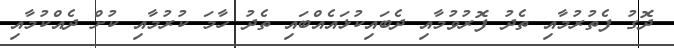
ދޮގު ފެތުރުމާއި ތެދު ފޮރުވުމާއި ދެބައިކުޅައެއްބައި ތެދު ހާމަ ކުރުމާއި ކުށް ދެއްކުމާއި